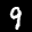
Label: 9